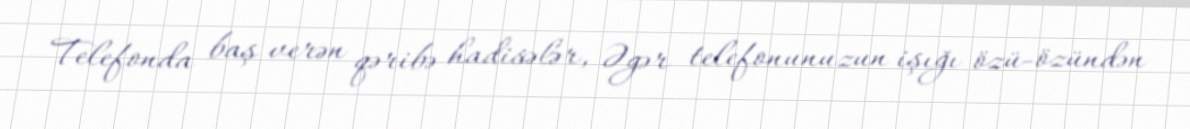
Telefonda baş verən qəribə hadisələr, Əgər telefonunuzun işığı özü-özündən